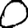
Digit: 0